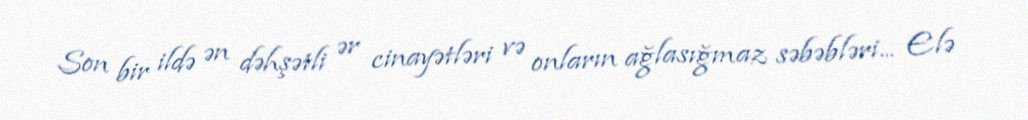
Son bir ildə ən dəhşətli ər cinayətləri və onların ağlasığmaz səbəbləri... Elə